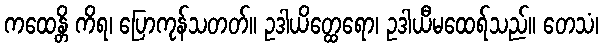
ကထေန္တိ ကိရ၊ ပြောကုန်သတတ်။ ဥဒါယိတ္ထေရော၊ ဥဒါယီမထေရ်သည်။ တေသံ၊